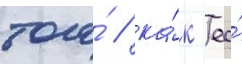
того́ / ка́к ео́